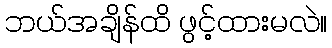
ဘယ်အချိန်ထိ ဖွင့်ထားမလဲ။